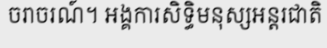
ចរាចរណ៍។ អង្គការសិទ្ធិមនុស្សអន្តរជាតិ